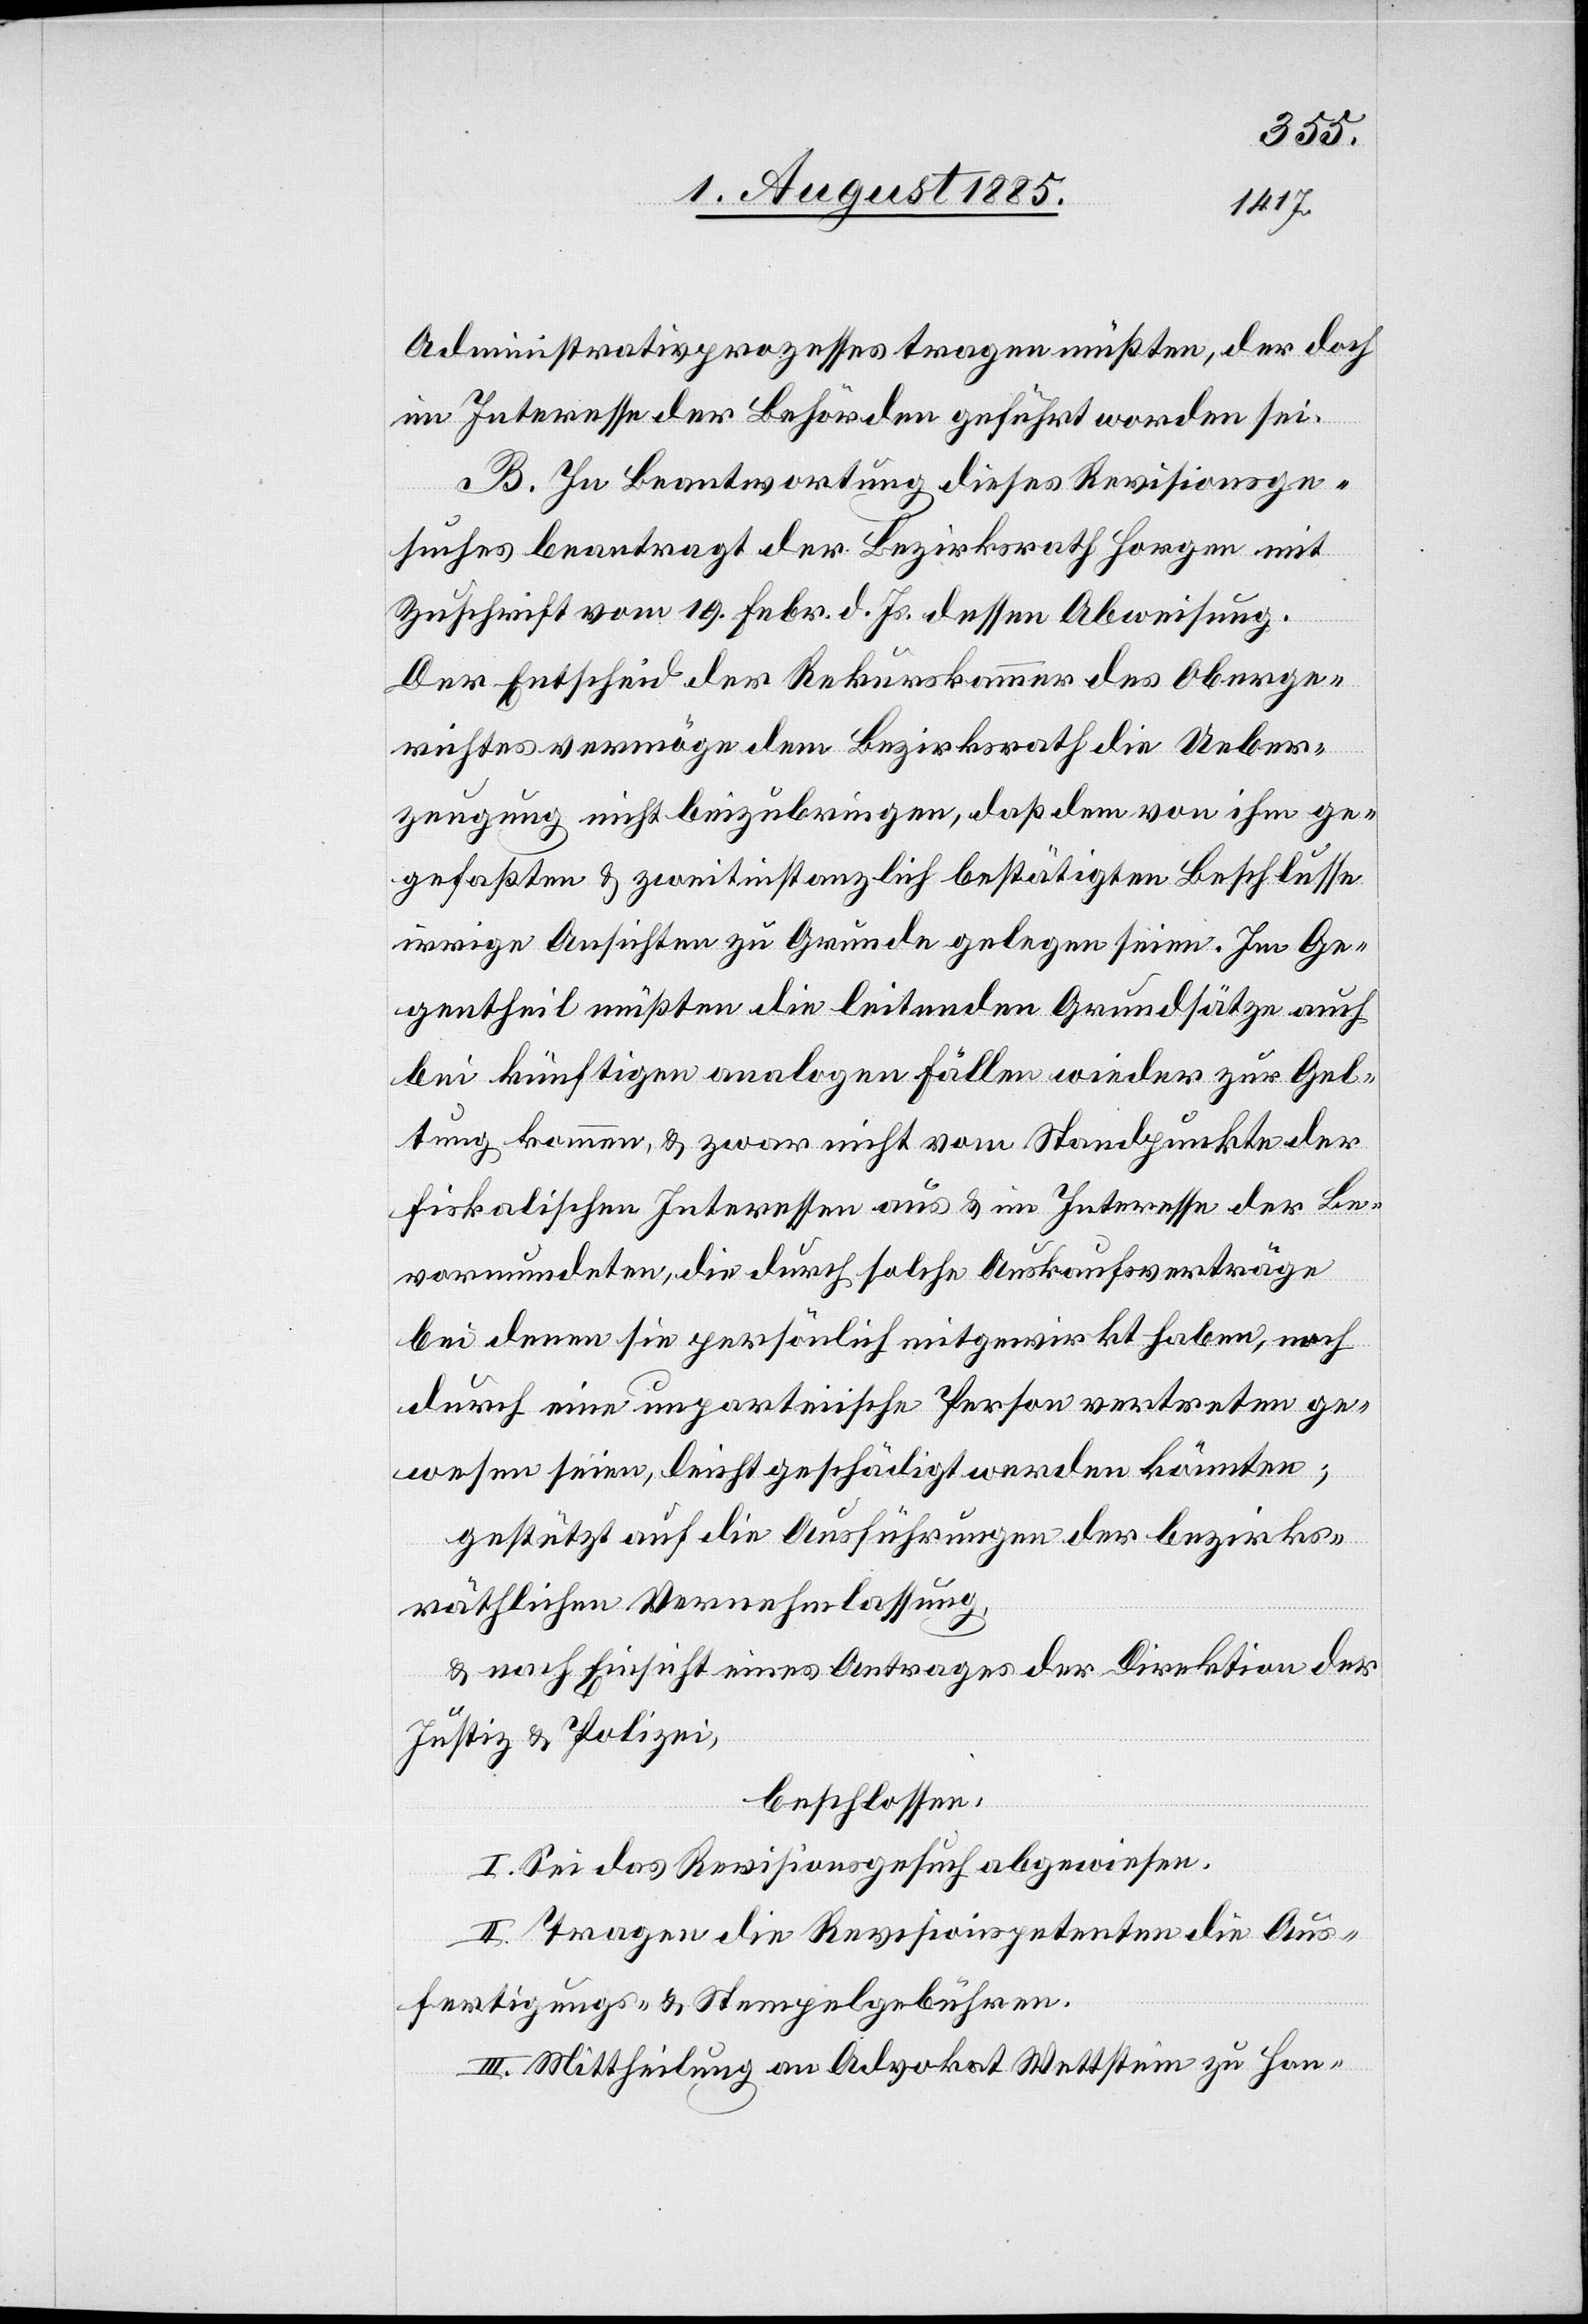
Administrativprozesses tragen müßten, der doch
im Interesse der Behörden geführt worden sei.
B. In Beantwortung dieses Revisionsge¬
suches beantragt der Bezirksrath Horgen mit
Zuschrift vom 19. Febr. d. Js. dessen Abweisung.
Der Entscheid der Rekurskammer des Oberge¬
richtes vermöge dem Bezirksrath die Ueber¬
zeugung nicht beizubringen, daß dem von ihm g¬
efaßtem & zweitinstanzlich bestätigten Beschlusse
irrige Ansichten zu Grunde gelegen seien. Im Ge¬
gentheil müßten die leitenden Grundsätze auch
bei künftigen analogen Fällen wieder zur Gel¬
tung kommen, & zwar nicht vom Standpunkte der
fiskalischen Interessen aus & im Interesse der Be¬
vormundeten, die durch solche Auskaufsverträge
bei denen sie persönlich mitgewirkt haben, noch
durch eine unparteiische Person vertreten ge¬
wesen seien, leicht geschädigt werden könnten;
gestützt auf die Ausführungen der bezirks¬
räthlichen Vernehmlassung,
& nach Einsicht eines Antrages der Direktion der
Justiz & Polizei,
beschlossen:
I. Sei das Revisionsgesuch abgewiesen.
II. Tragen die Revisionspetenten die Aus¬
fertigungs- & Stempelgebühren.
III. Mittheilung an Advokat Wettstein zu Han-